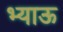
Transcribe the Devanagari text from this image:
भ्याऊ